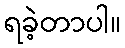
ရခဲ့တာပါ။